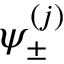
\psi _ { \pm } ^ { ( j ) }